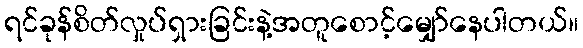
ရင်ခုန်စိတ်လှုပ်ရှားခြင်းနဲ့အတူစောင့်မျှော်နေပါတယ်။